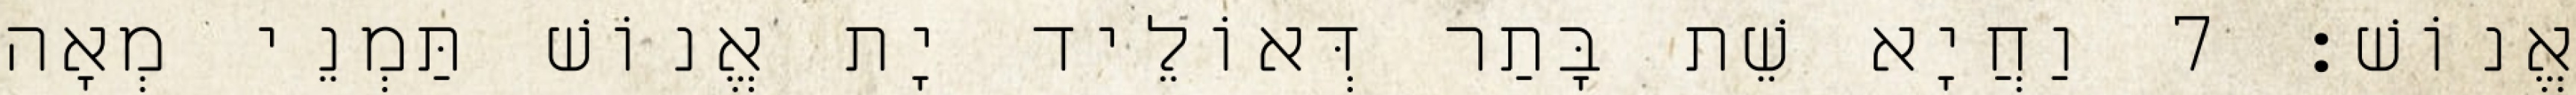
אֱנוֹשׁ׃ 7 וַחֲיָא שֵׁת בָּתַר דְּאוֹלֵיד יָת אֱנוֹשׁ תַּמְנֵי מְאָה